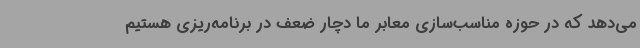
می‌دهد که در حوزه مناسب‌سازی معابر ما دچار ضعف در برنامه‌ریزی هستیم